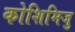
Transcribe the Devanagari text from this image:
कोशिमिजु